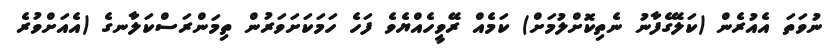
ނުވަތަ އެއުރެން (ކަލޭގެފާނު ނެތިކޮށްލުމަށް) ކަމެއް ރޭވީހެއްޔެވެ ފަހެ ހަމަކަށަވަރުން ތިމަންރަސްކަލާނގެ (އެއަށްވުރެ